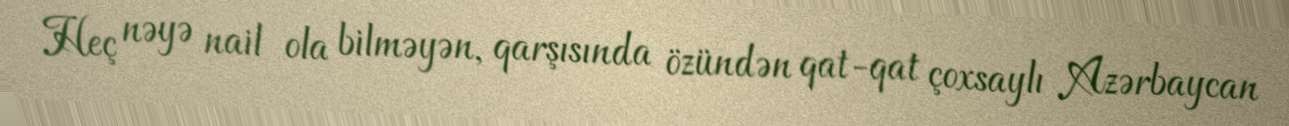
Heç nəyə nail ola bilməyən, qarşısında özündən qat-qat çoxsaylı Azərbaycan